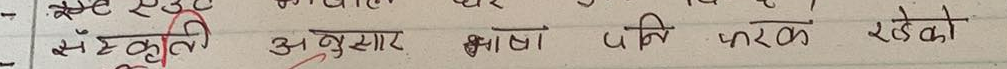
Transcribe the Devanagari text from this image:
संस्कृती अनुसार भाषा पनि फरक रहेको